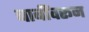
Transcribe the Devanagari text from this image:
बाबींवरून